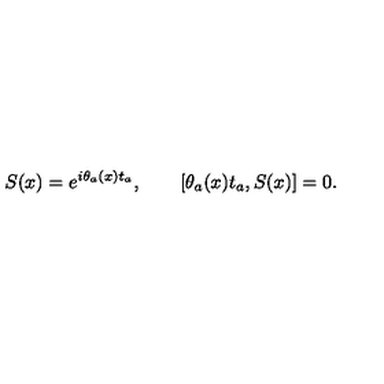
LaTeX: S ( x ) = e ^ { i \theta _ { a } ( x ) t _ { a } } , \qquad [ \theta _ { a } ( x ) t _ { a } , S ( x ) ] = 0 .